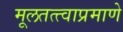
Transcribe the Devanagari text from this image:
मूलतत्त्वाप्रमाणे